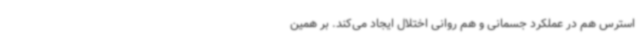
استرس هم در عملکرد جسمانی و هم روانی اختلال ایجاد می‌کند. بر همین